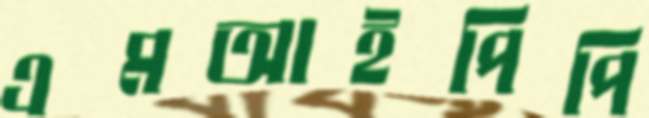
এমআইপিপি